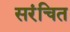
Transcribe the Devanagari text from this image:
सरंचित